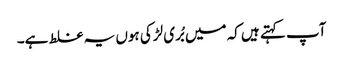
آپ کہتے ہیں کہ میں بُری لڑکی ہوں یہ غلط ہے۔